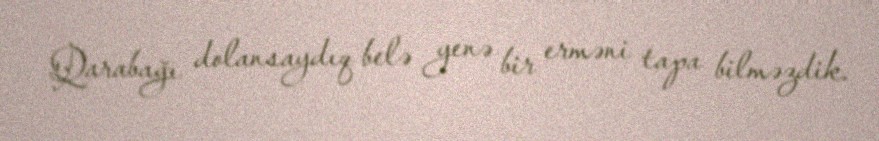
Qarabağı dolansaydıq belə yenə bir erməni tapa bilməzdik.